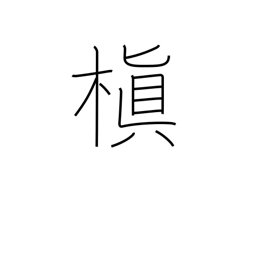
Meaning: Chinese black pine